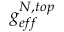
g _ { e f f } ^ { N , t o p }